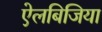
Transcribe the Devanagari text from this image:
ऐलबिजिया